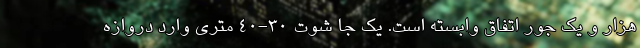
هزار و یک جور اتفاق وابسته است. یک جا شوت 30-40 متری وارد دروازه